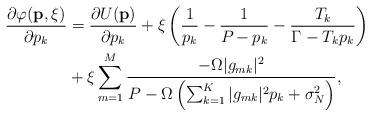
LaTeX: \begin{align*}\frac{\partial{}\varphi(\mathbf{p},\xi)}{\partial{}p_k}&=\frac{\partial{}U(\mathbf{p})}{\partial{}p_k}+\xi\left(\frac{1}{p_k}-\frac{1}{P_{}-p_k}-\frac{T_k}{\Gamma_{}-T_k{}p_k}\right)\\&+\xi\sum_{m=1}^M\frac{-\Omega{}|g_{mk}|^2}{P_{}^{}-\Omega\left(\sum_{k=1}^K|g_{mk}|^2p_k+\sigma_N^2\right)},\end{align*}